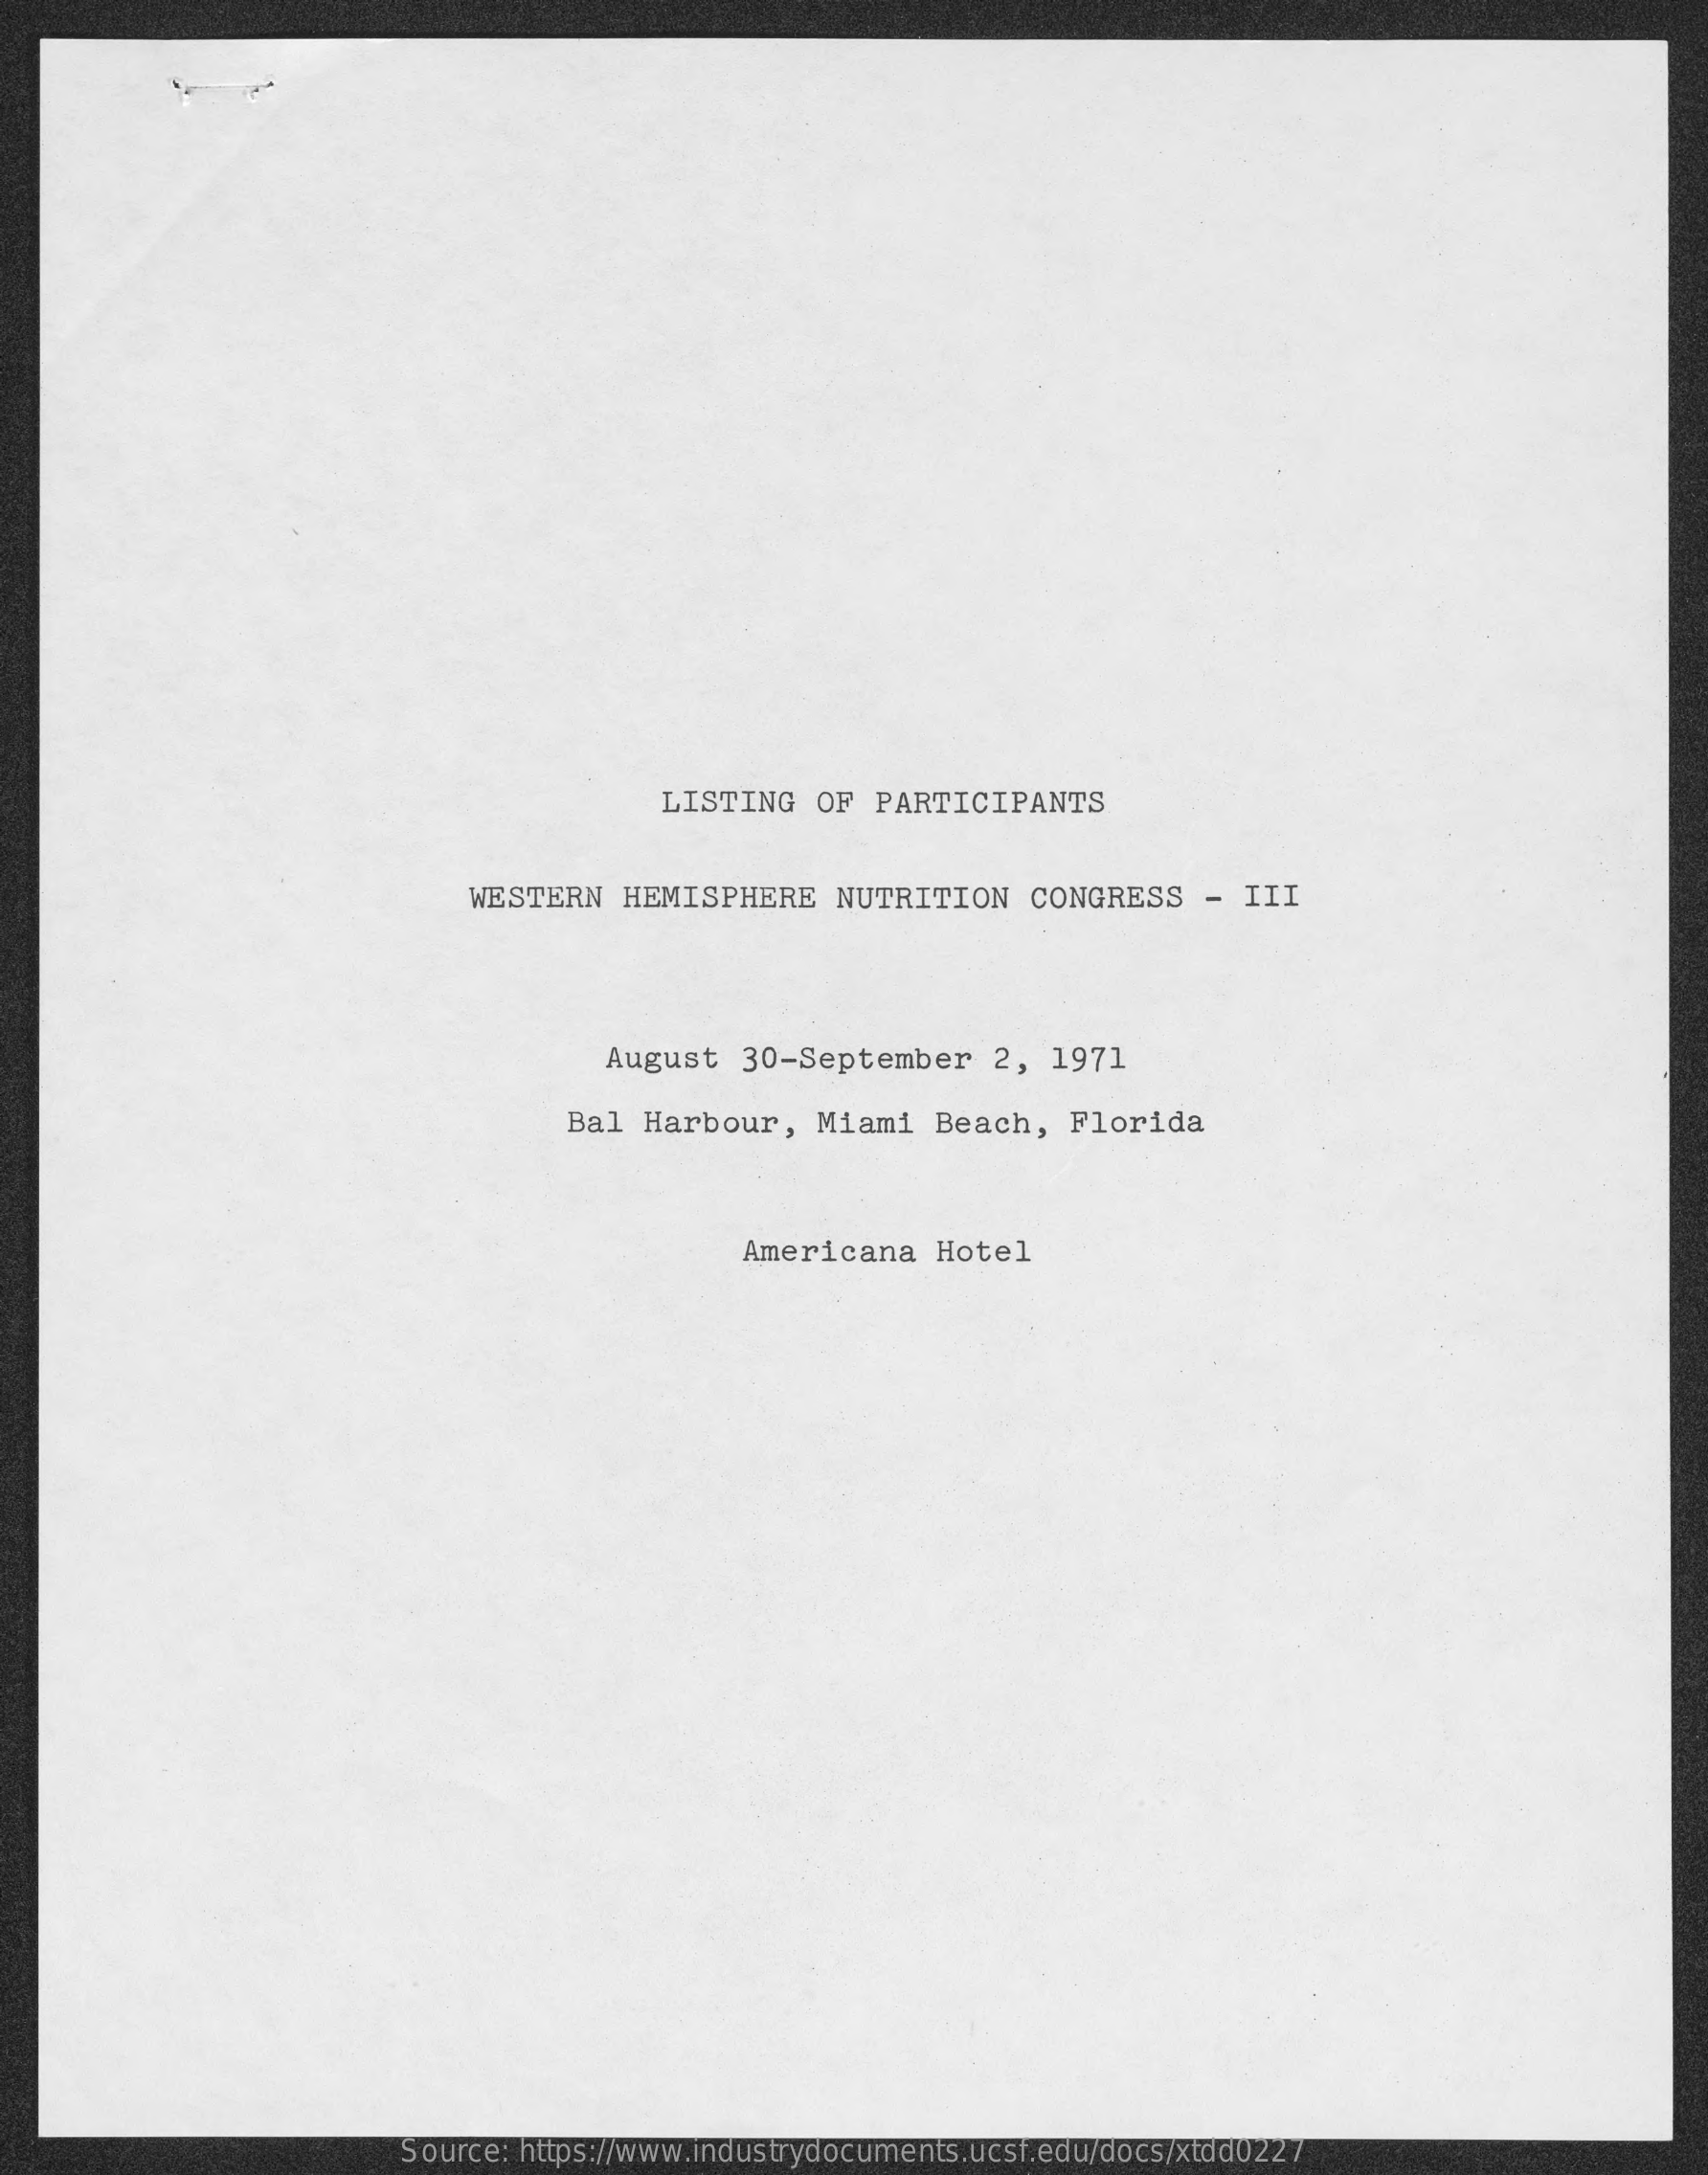
LISTING   OF  PARTICIPANTS
     WESTERN   HEMISPHERE    NUTRITION   CONGRESS    - III
     August   30-September    2,  1971
     Bal  Harbour,   Miami   Beach,   Florida
     Americana   Hotel
     Source: https://www.industrydocuments.ucsf.edu/docs/xtdd0227